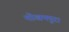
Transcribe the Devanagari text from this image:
मोखमपुरा